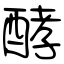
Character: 酵